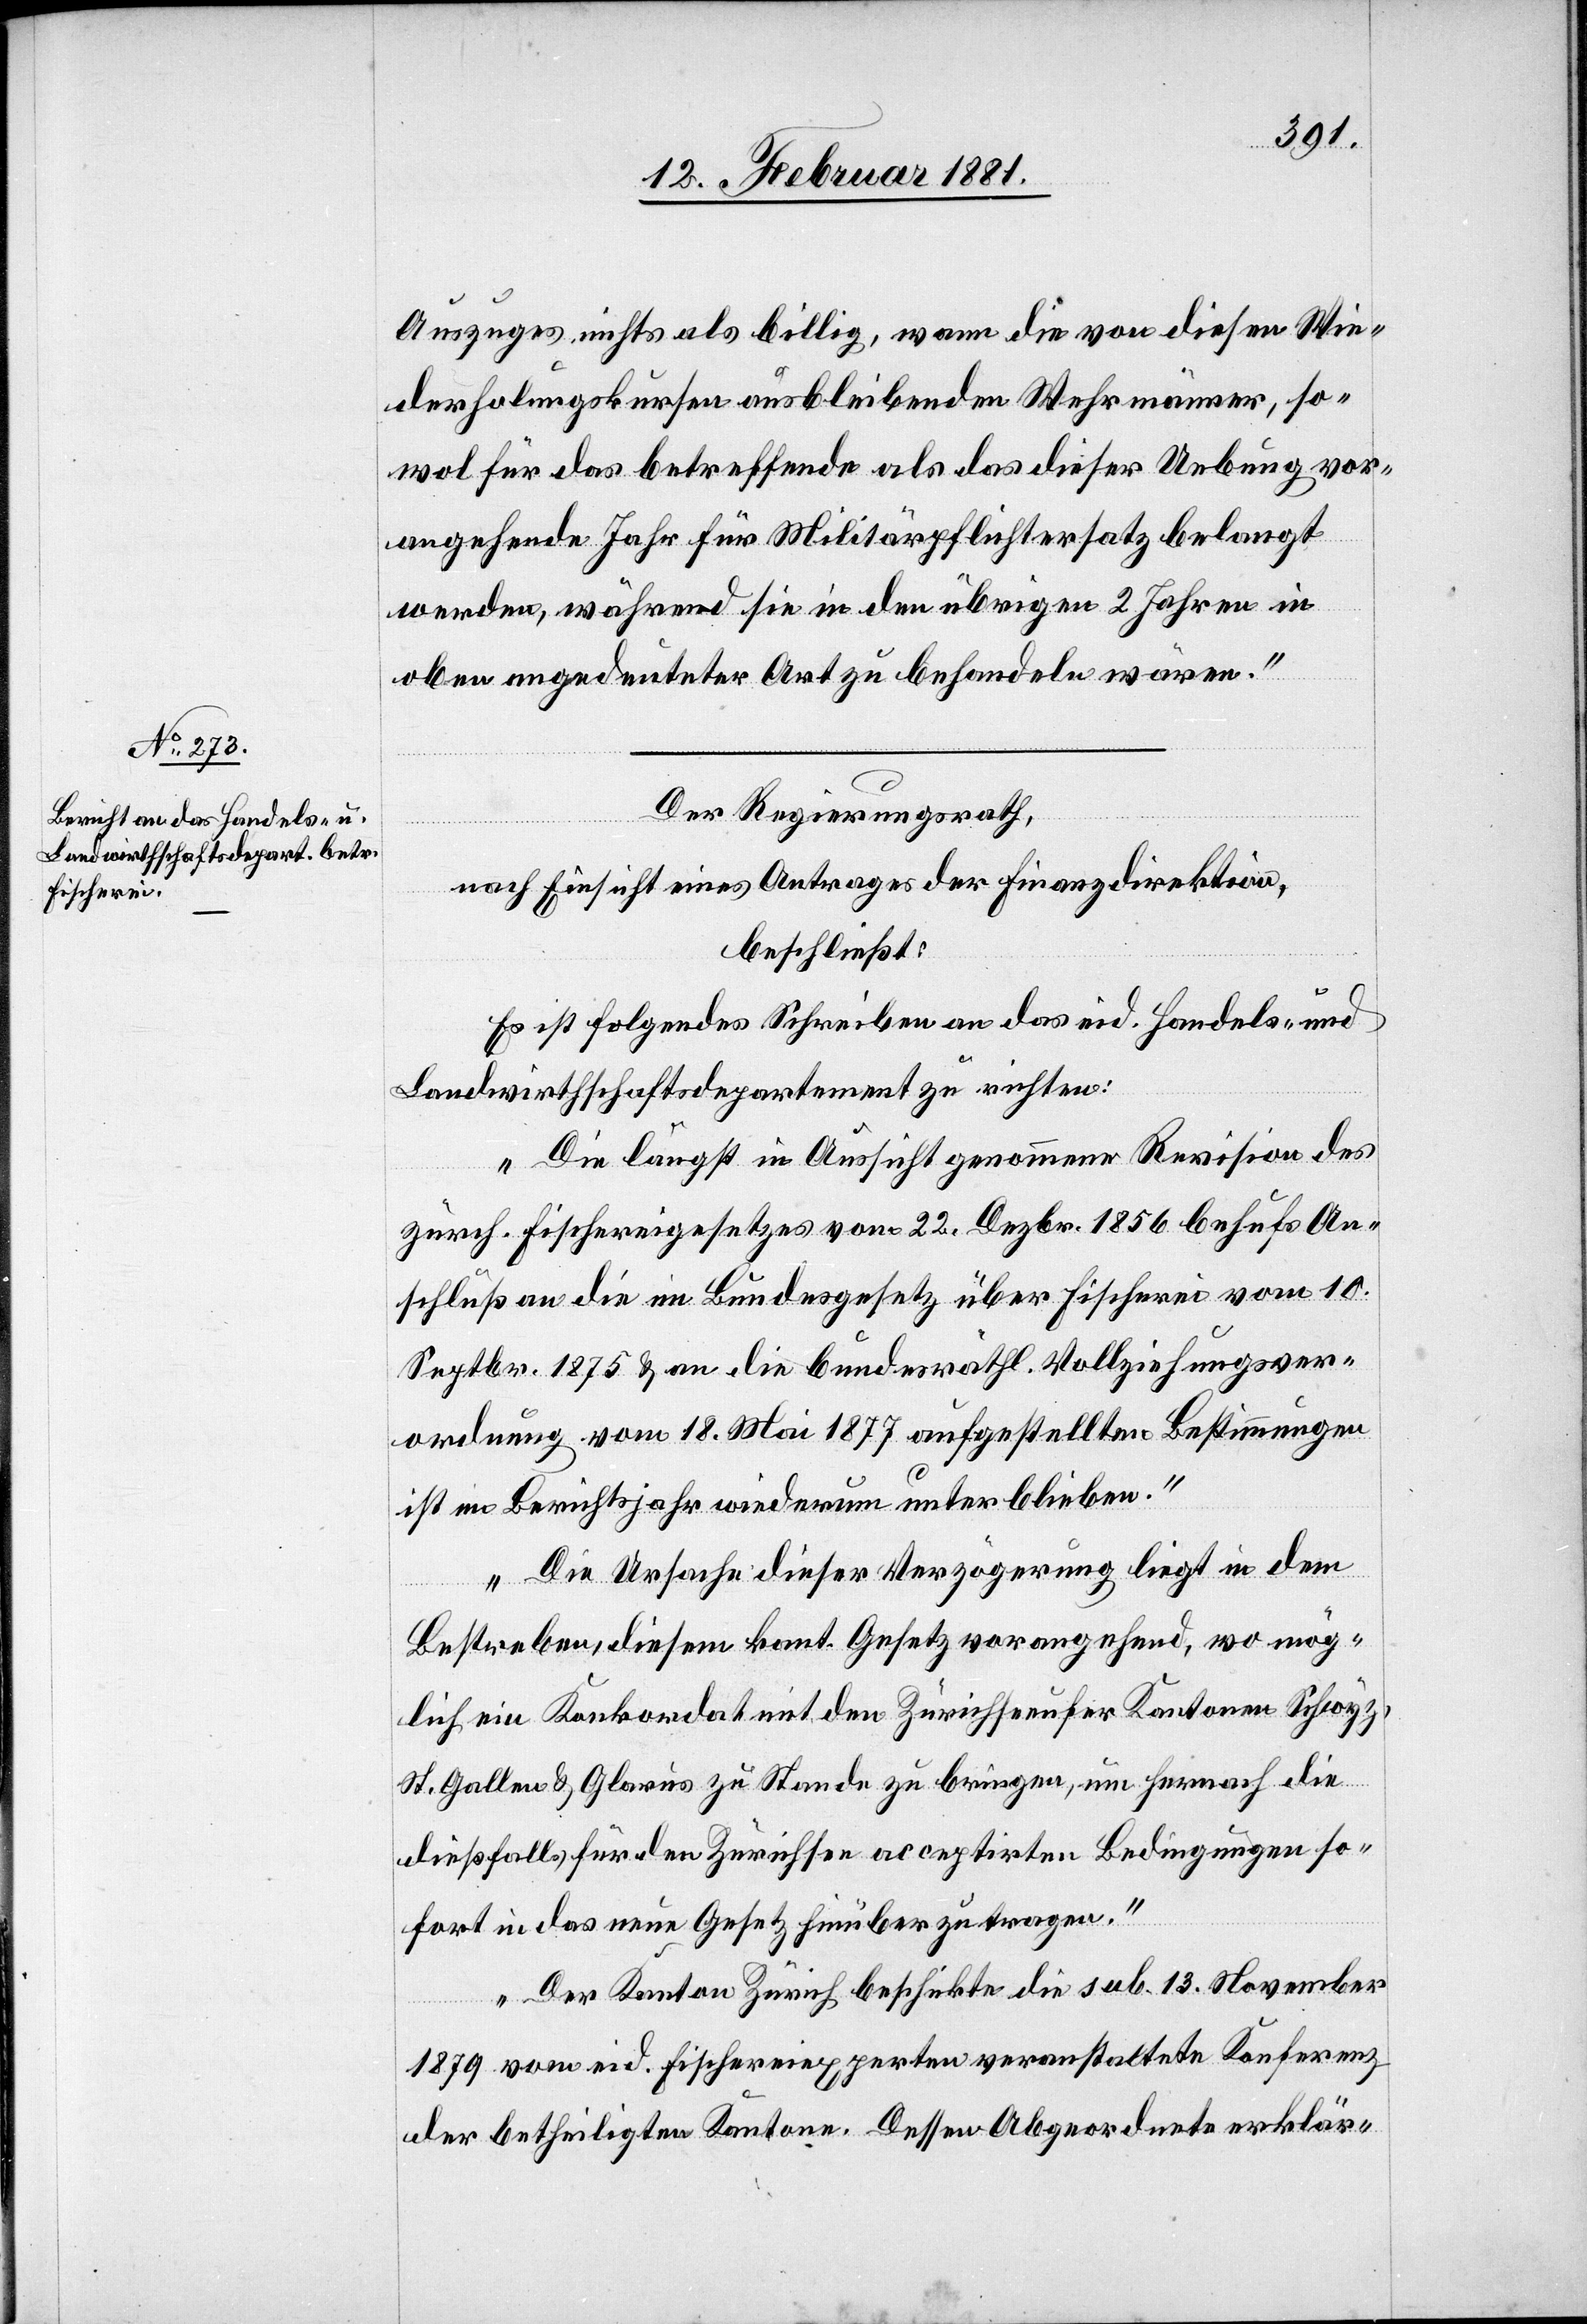
Auszuges nichts als billig, wann die von diesen Wie¬
derholungskursen ausbleibenden Wehrmänner, so¬
wol für das betreffende als das dieser Uebung vor¬
angehende Jahr für Militärpflichtersatz belangt
werden, während sie in den übrigen 2 Jahren in
oben angedeuteter Art zu behandeln wären.“
Der Regierungsrath,
nach Einsicht eines Antrages der Finanzdirektion,
beschließt:
Es ist folgendes Schreiben an das eid. Handles- und
Landwirthschaftsdepartement zu richten:
„ Die längst in Aussicht genommene Revision des
zürch. Fischereigesetzes vom 22. Dezbr. 1856 behufs An¬
schluß an die im Bundesgesetz über Fischerei vom 10.
Septbr. 1875 & an die bundesräthl. Vollziehungsver¬
ordnung vom 18. Mai 1877 aufgestellten Bestimmungen
ist im Berichtsjahr wiederum unterblieben.
Die Ursache dieser Verzögerung liegt in dem
Bestreben, diesem kant. Gesetz vorangehend, wo mög¬
lich ein Konkordat mit den Zürichseeufer Kantonen Schwyz,
St. Gallen & Glarus zu Stande zu bringen, um hernach die
dießfalls für den Zürichsee acceptirten Bedingungen so¬
fort in das neue Gesetz hinüber zu tragen.
Der Kanton Zürich beschickte die sub. 13. November
1879 vom eid. Fischereiexperten veranstaltete Konferenz
der betheiligten Kantone. Dessen Abgeordnete erklär-